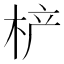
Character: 𰗡